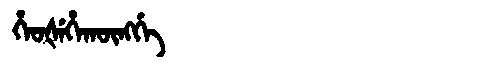
Manchu: ᡥᡝᠣᡧᡝᡥᠠᡴᡡᠩᡤᡝ
Romanization: HEOŠEHAKŪNGGE